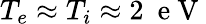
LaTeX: T_{e}\approx T_{i}\approx 2\ \mathrm{~e~V~}